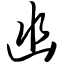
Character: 凼